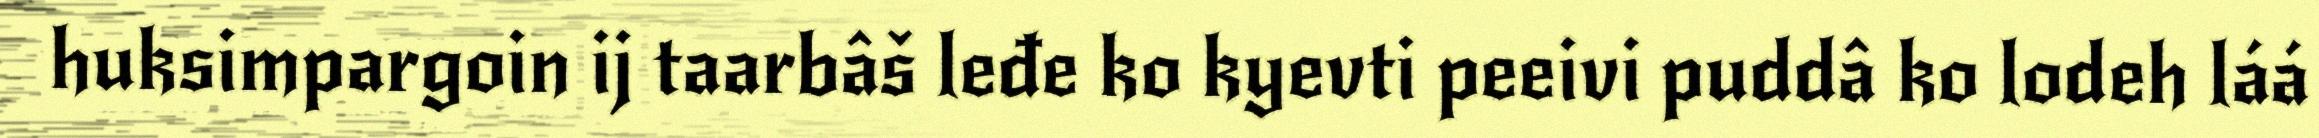
huksimpargoin ij taarbâš leđe ko kyevti peeivi puddâ ko lodeh láá